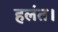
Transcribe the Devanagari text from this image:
हलंत।